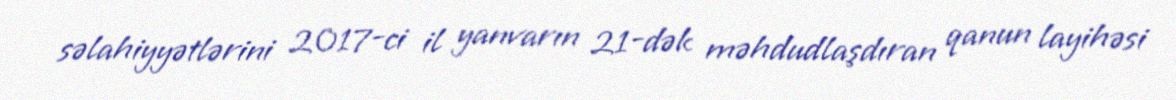
səlahiyyətlərini 2017-ci il yanvarın 21-dək məhdudlaşdıran qanun layihəsi